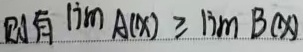
则有 $\lim A(x)\geq\lim B(x)$